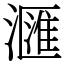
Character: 𣿬